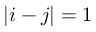
\vert i - j \vert = 1